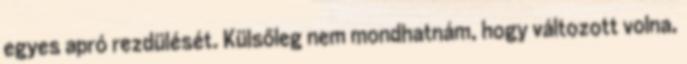
egyes apró rezdülését. Külsőleg nem mondhatnám, hogy változott volna,